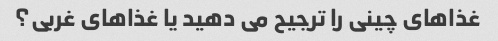
غذاهای چینی را ترجیح می دهید یا غذاهای غربی؟